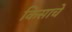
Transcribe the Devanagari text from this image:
किसाचे